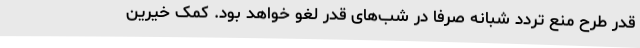
قدر طرح منع تردد شبانه صرفا در شب‌های قدر لغو خواهد بود. کمک خیرین